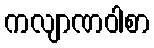
ကလျာဏဝါစာ